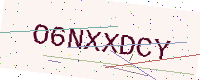
Text: O6NXXDCY